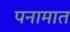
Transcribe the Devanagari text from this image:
पनामात